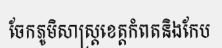
ចែកភូមិសាស្ត្រខេត្តកំពតនិងកែប